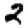
Digit: 2